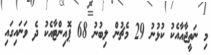
މި ނަތީޖާއާއެކު ކުޅުނު 29 މެޗުން ލިބުނު 68 ޕޮއިންޓާއެކު ދެ ވަނައިގައި